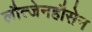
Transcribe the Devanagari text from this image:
लौत्जेनहौसेन